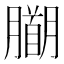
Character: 𭩍